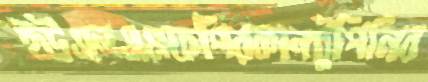
ইউএনএএফপিরকানটুপিনির